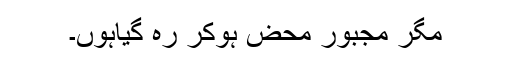
مگر مجبور محض ہوکر رہ گیاہوں۔